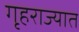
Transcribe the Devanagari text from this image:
गृहराज्यात